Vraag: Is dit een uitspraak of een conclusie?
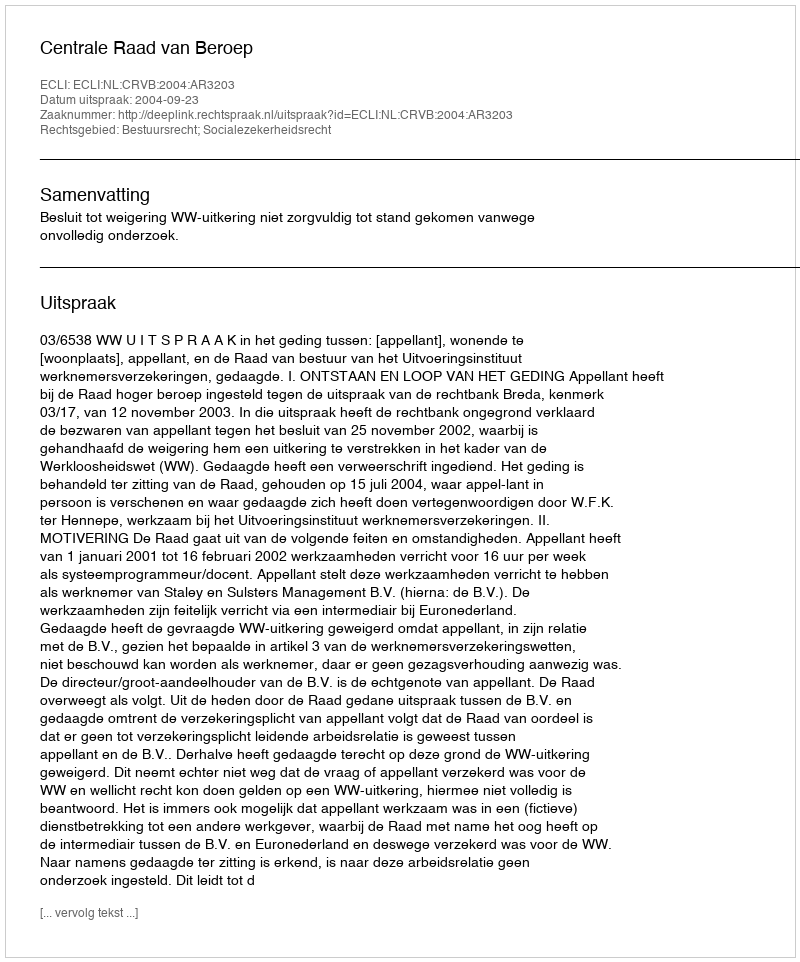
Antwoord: Uitspraak